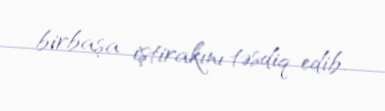
birbaşa iştirakını təsdiq edib.